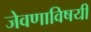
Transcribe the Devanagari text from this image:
जेवणाविषयी